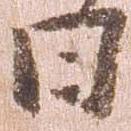
日